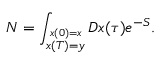
{ \cal N } = \int _ { \stackrel { x ( 0 ) = x } { x ( T ) = y } } { \cal D } x ( \tau ) e ^ { - S } .